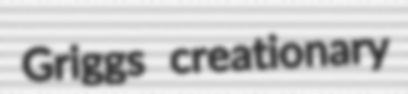
Griggs creationary